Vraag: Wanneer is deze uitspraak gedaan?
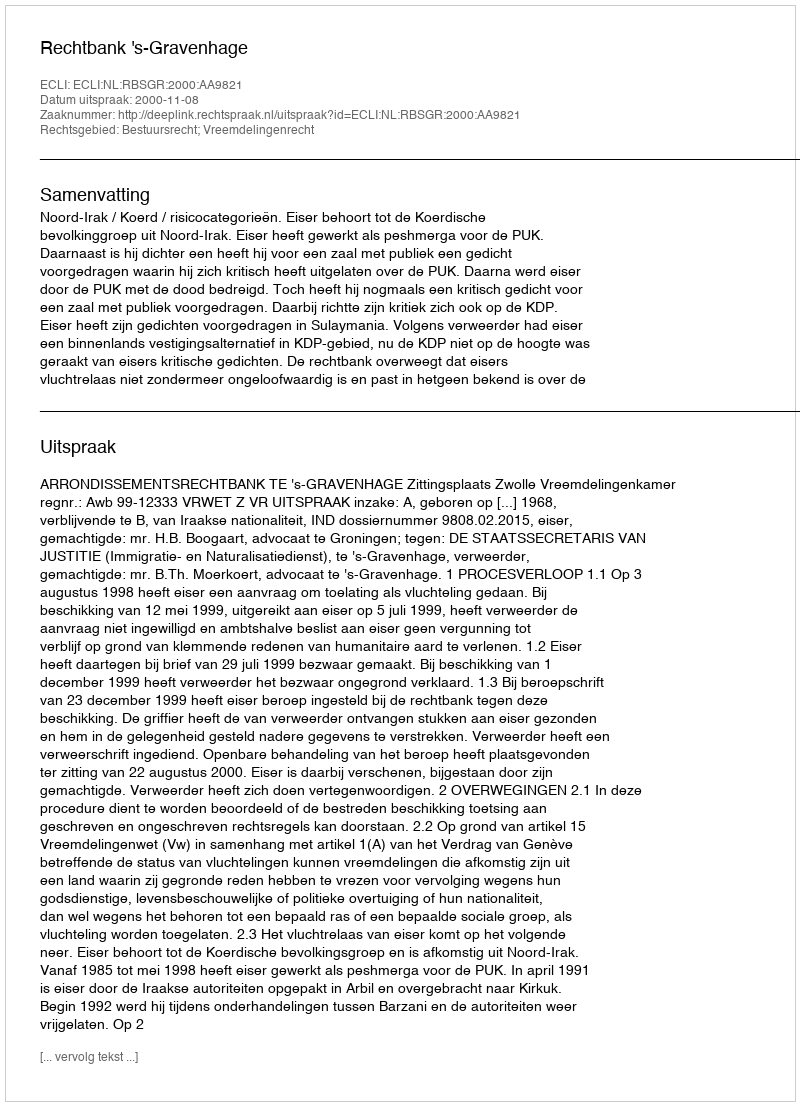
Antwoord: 2000-11-08